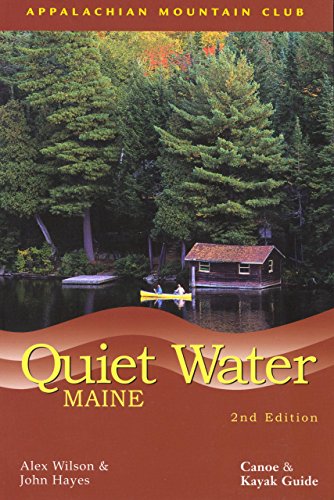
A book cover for Quiet Water Maine: Canoe And Kayak Guide (AMC Quiet Water Series); John Hayes; Travel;